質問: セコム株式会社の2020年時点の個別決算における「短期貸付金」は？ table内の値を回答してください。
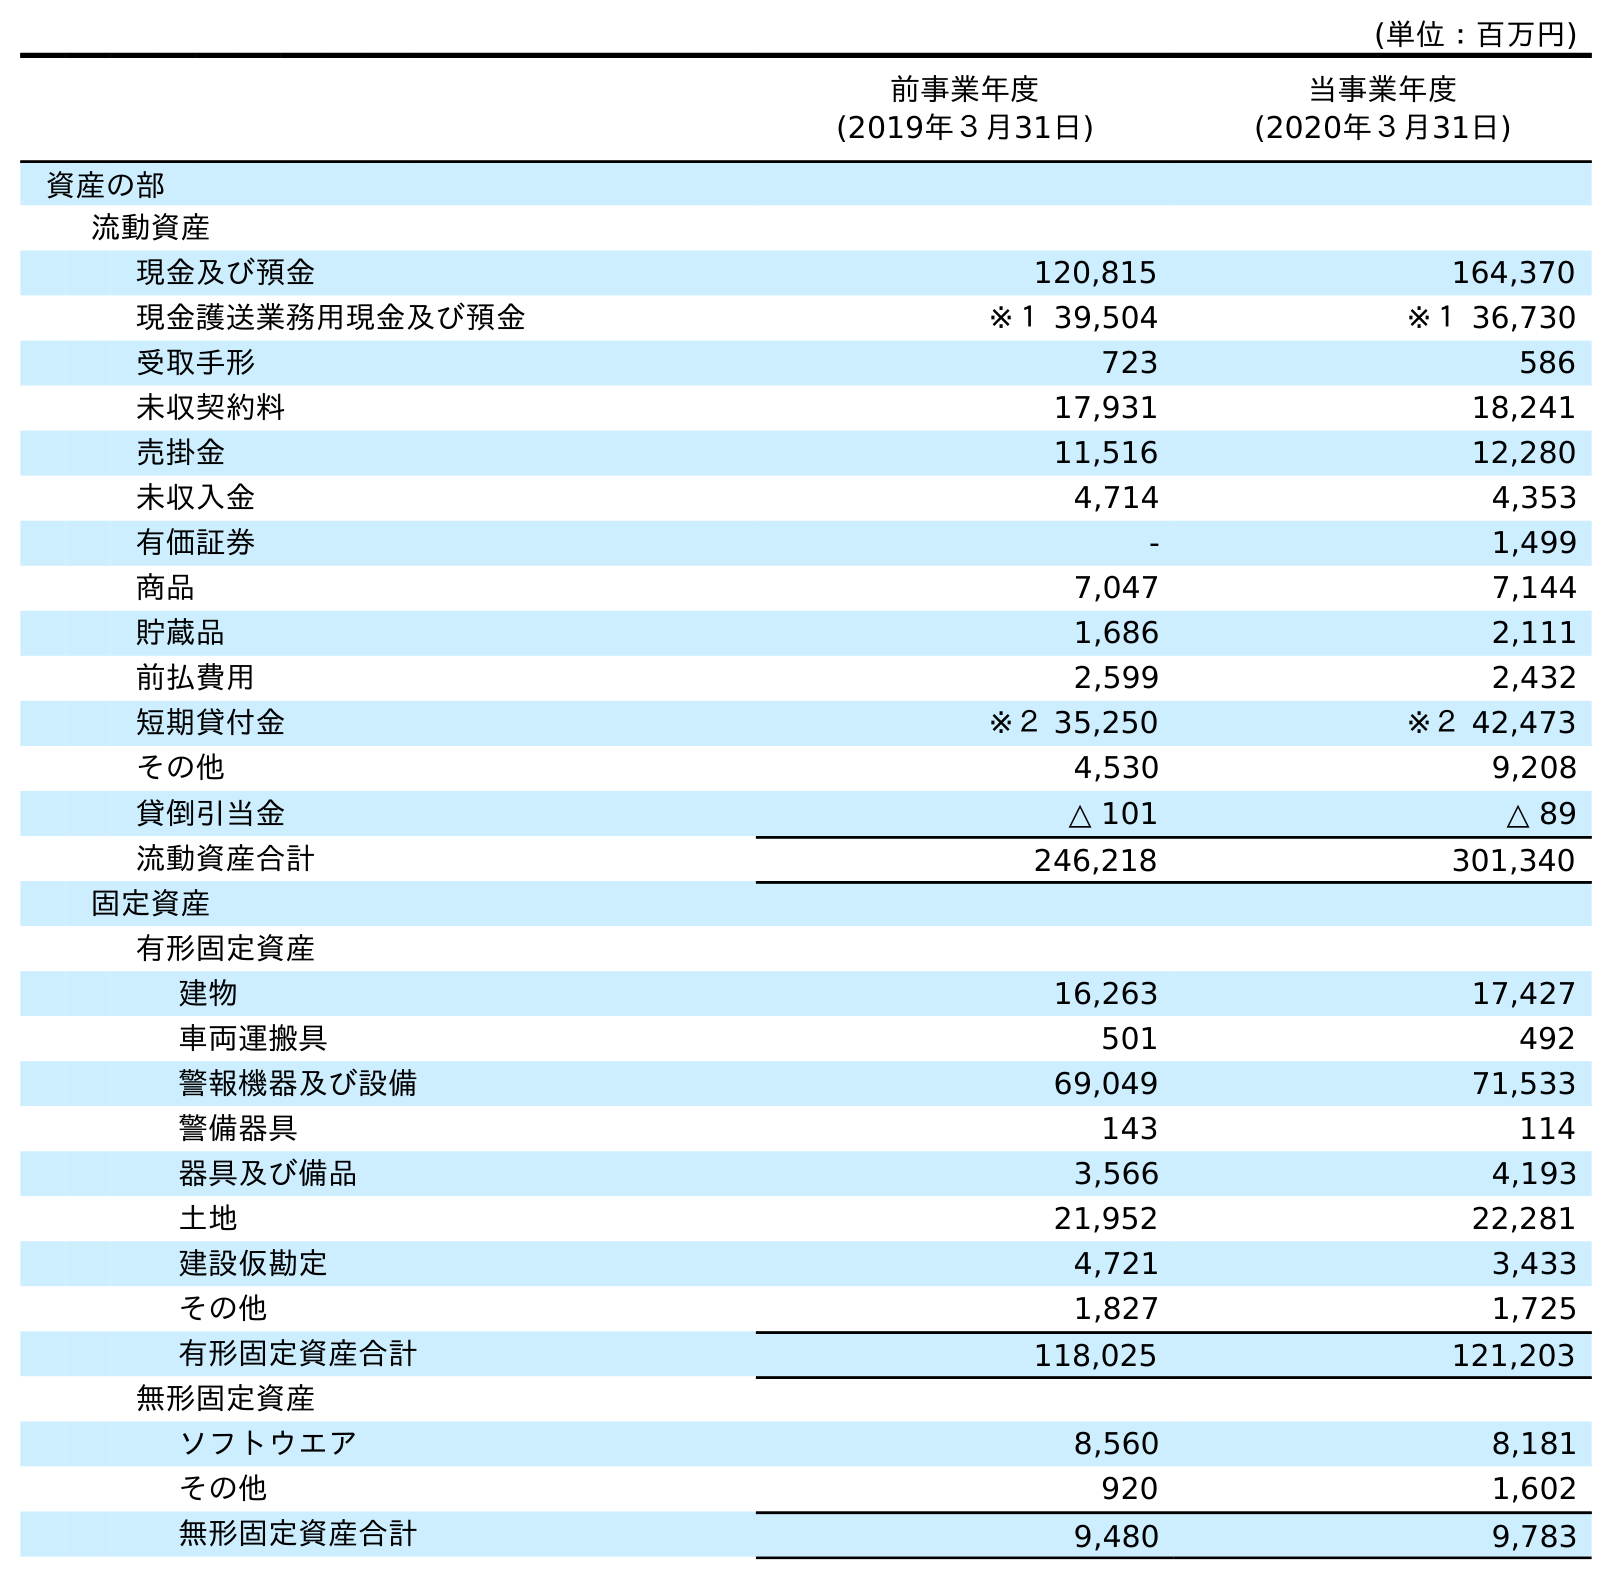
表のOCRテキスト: (単位：百万円) 前事業年度 (2019年３月31日) 当事業年度 (2020年３月31日) 資産の部 流動資産 現金及び預金 120,815 164,370 現金護送業務用現金及び預金 ※１ 39,504 ※１ 36,730 受取手形 723 586 未収契約料 17,931 18,241 売掛金 11,516 12,280 未収入金 4,714 4,353 有価証券 - 1,499 商品 7,047 7,144 貯蔵品 1,686 2,111 前払費用 2,599 2,432 短期貸付金 ※２ 35,250 ※２ 42,473 その他 4,530 9,208 貸倒引当金 △ 101 △ 89 流動資産合計 246,218 301,340 固定資産 有形固定資産 建物 16,263 17,427 車両運搬具 501 492 警報機器及び設備 69,049 71,533 警備器具 143 114 器具及び備品 3,566 4,193 土地 21,952 22,281 建設仮勘定 4,721 3,433 その他 1,827 1,725 有形固定資産合計 118,025 121,203 無形固定資産 ソフトウエア 8,560 8,181 その他 920 1,602 無形固定資産合計 9,480 9,783
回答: ※２42,473